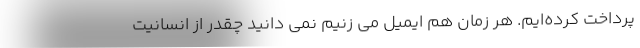
پرداخت کرده‌ایم. هر زمان هم ایمیل می زنیم نمی دانید چقدر از انسانیت